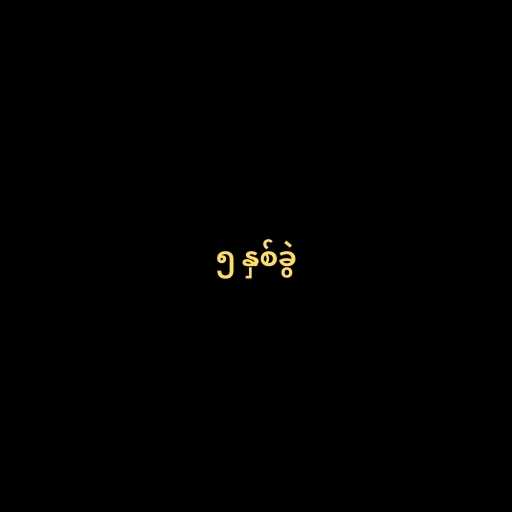
၅ နှစ်ခွဲ